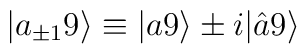
|a_{\pm 1} 9\rangle \equiv |a 9\rangle \pm i |\hat{a} 9\rangle